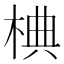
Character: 椣